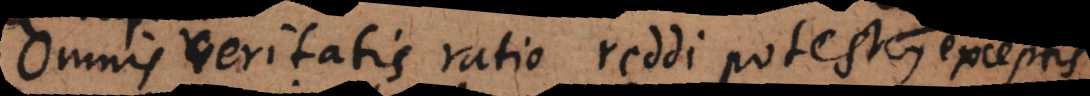
Omnis veritatis ratio reddi potest, exceptis